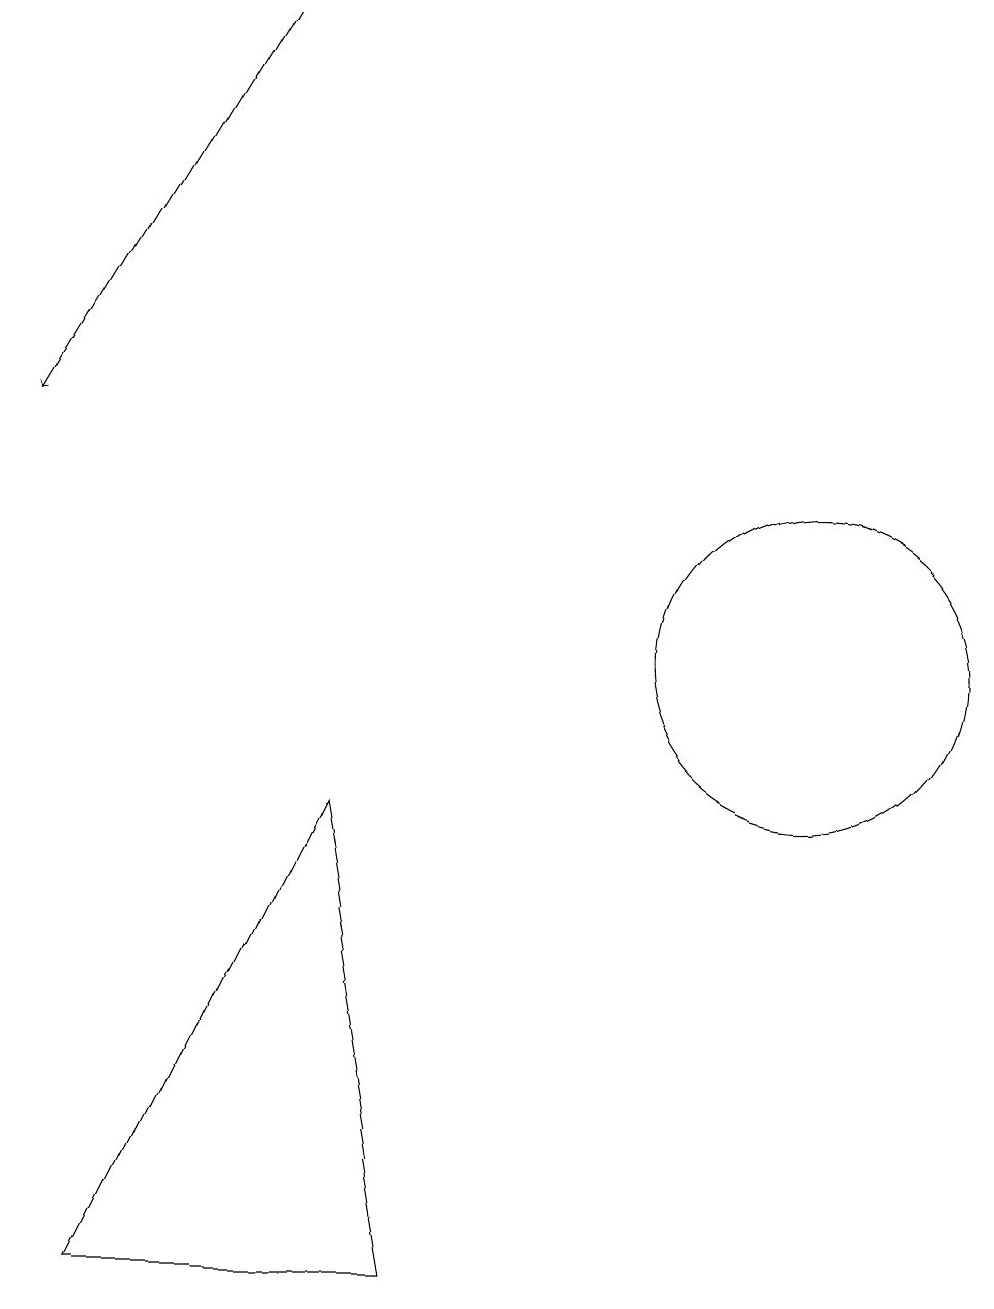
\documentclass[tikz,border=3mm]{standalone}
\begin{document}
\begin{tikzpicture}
\draw[->] (3,18) -- (0,13);
\draw (4,8) -- (5,2) -- (1,2) -- cycle;
\draw (10,10) circle (2);
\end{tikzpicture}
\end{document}